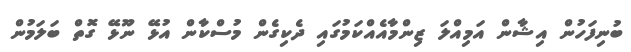
ބުނިފަހުން އިޝާން އަމިއްލަ ޒިންމާއެއްކަމުގައި ދެކިގެން މުސްކާން އުޅޭ ނޫޅޭ ގޮތް ބަލަމުން